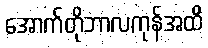
အောက်တိုဘာလကုန်အထိ